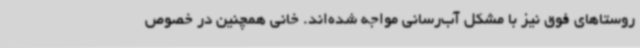
روستاهای فوق نیز با مشکل آب‌رسانی مواجه شده‌اند. خانی همچنین در خصوص